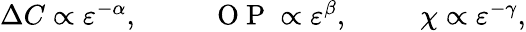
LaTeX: \begin{array}{r}{\Delta C\propto\varepsilon^{-\alpha},\; \; \; \; \; \; \; \; \; \mathrm{~O~P~}\propto\varepsilon^{\beta},\; \; \; \; \; \; \; \; \; \chi\propto\varepsilon^{-\gamma},}\end{array}